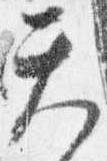
天